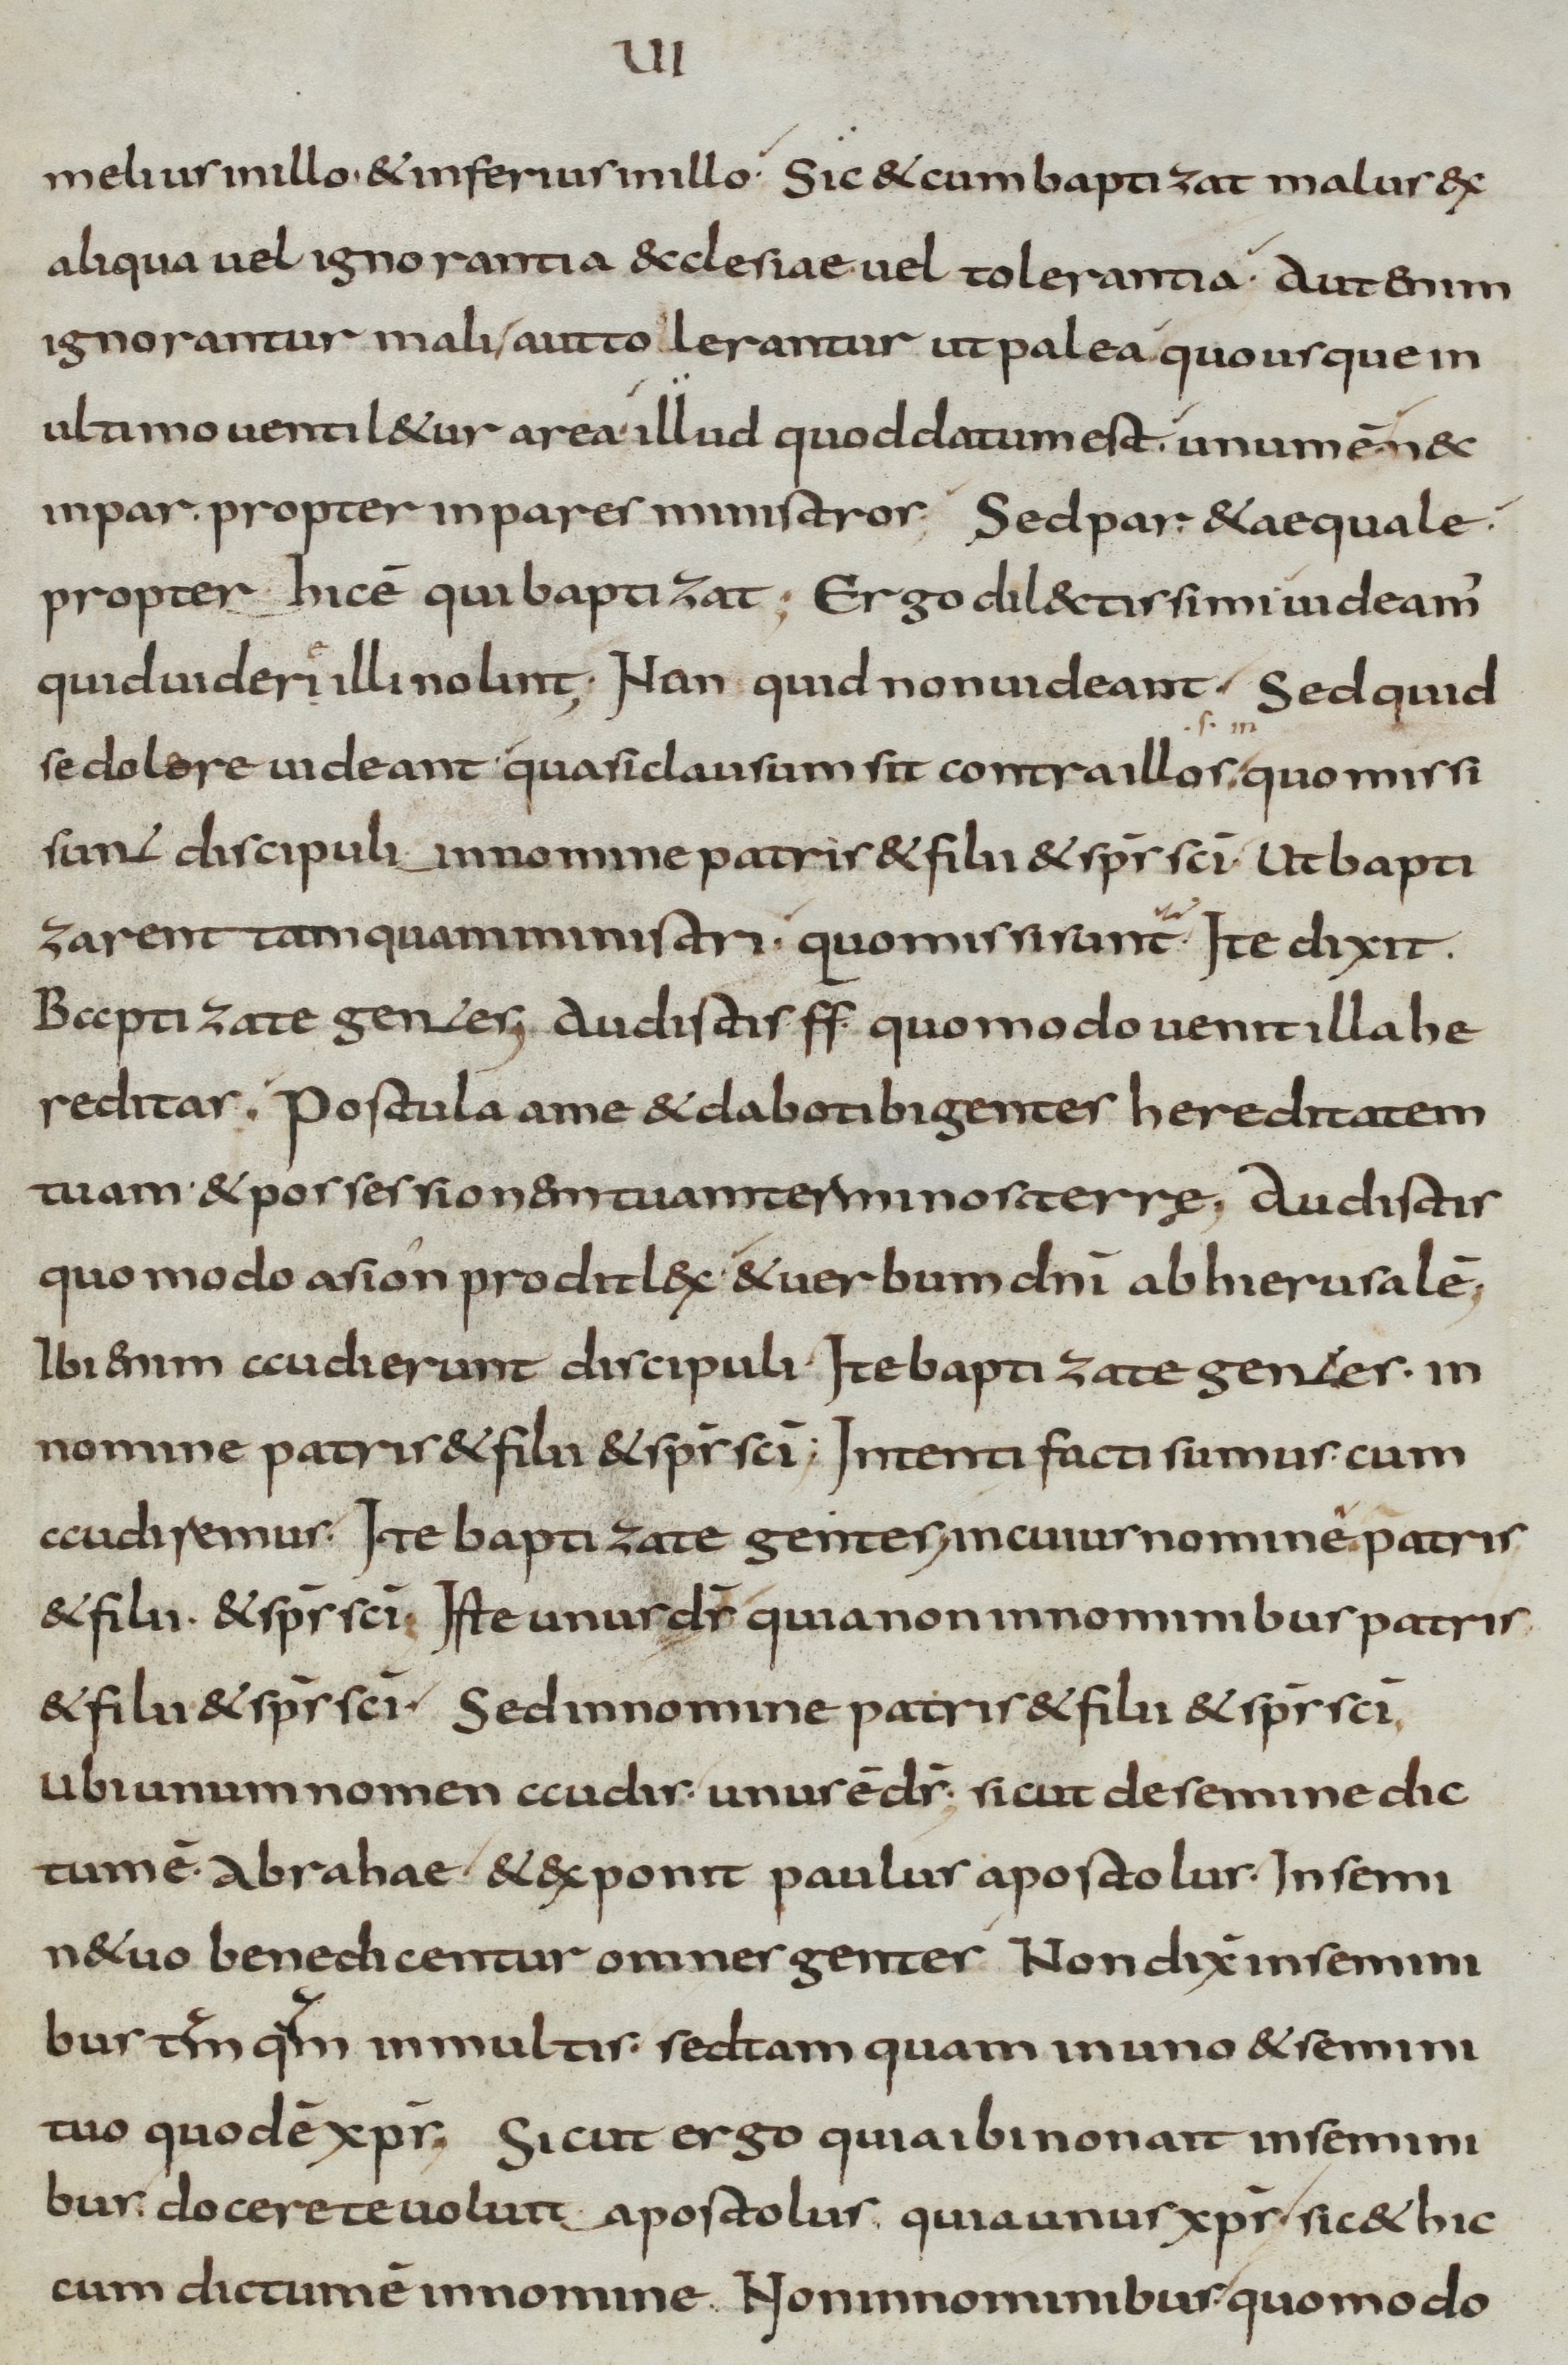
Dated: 800–899